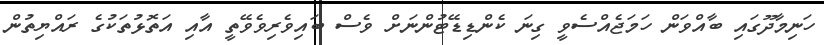
ހަނިމާދޫގައި ބާއްވަން ހަމަޖެއްސެވީ ގިނަ ކެންޑިޑޭޓުންނަށް ވެސް ބައިވެރިވެވޭތީ އާއި އަތޮޅުތަކުގެ ރައްޔިތުން